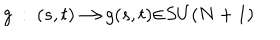
g ~ : ~ ( s , t ) { \longrightarrow } g ( s , t ) { \in } S U ( N + 1 )